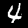
Label: 4